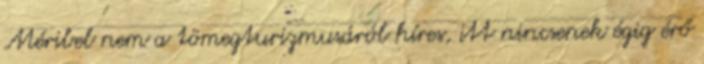
Méribel nem a tömegturizmusáról híres, itt nincsenek égig érő